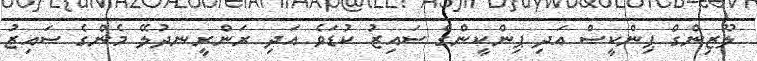
ލޫޒިންގް ޕިންކީސް އަދި ޕިންކީންގެ ސައިޒު ކުޑަވެ އަދި ރަންރީނދުލޭ މެންގެ ސައިޒު